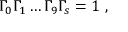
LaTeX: \Gamma _ { 0 } \Gamma _ { 1 } \dots \Gamma _ { 9 } \Gamma _ { s } = 1 \ ,